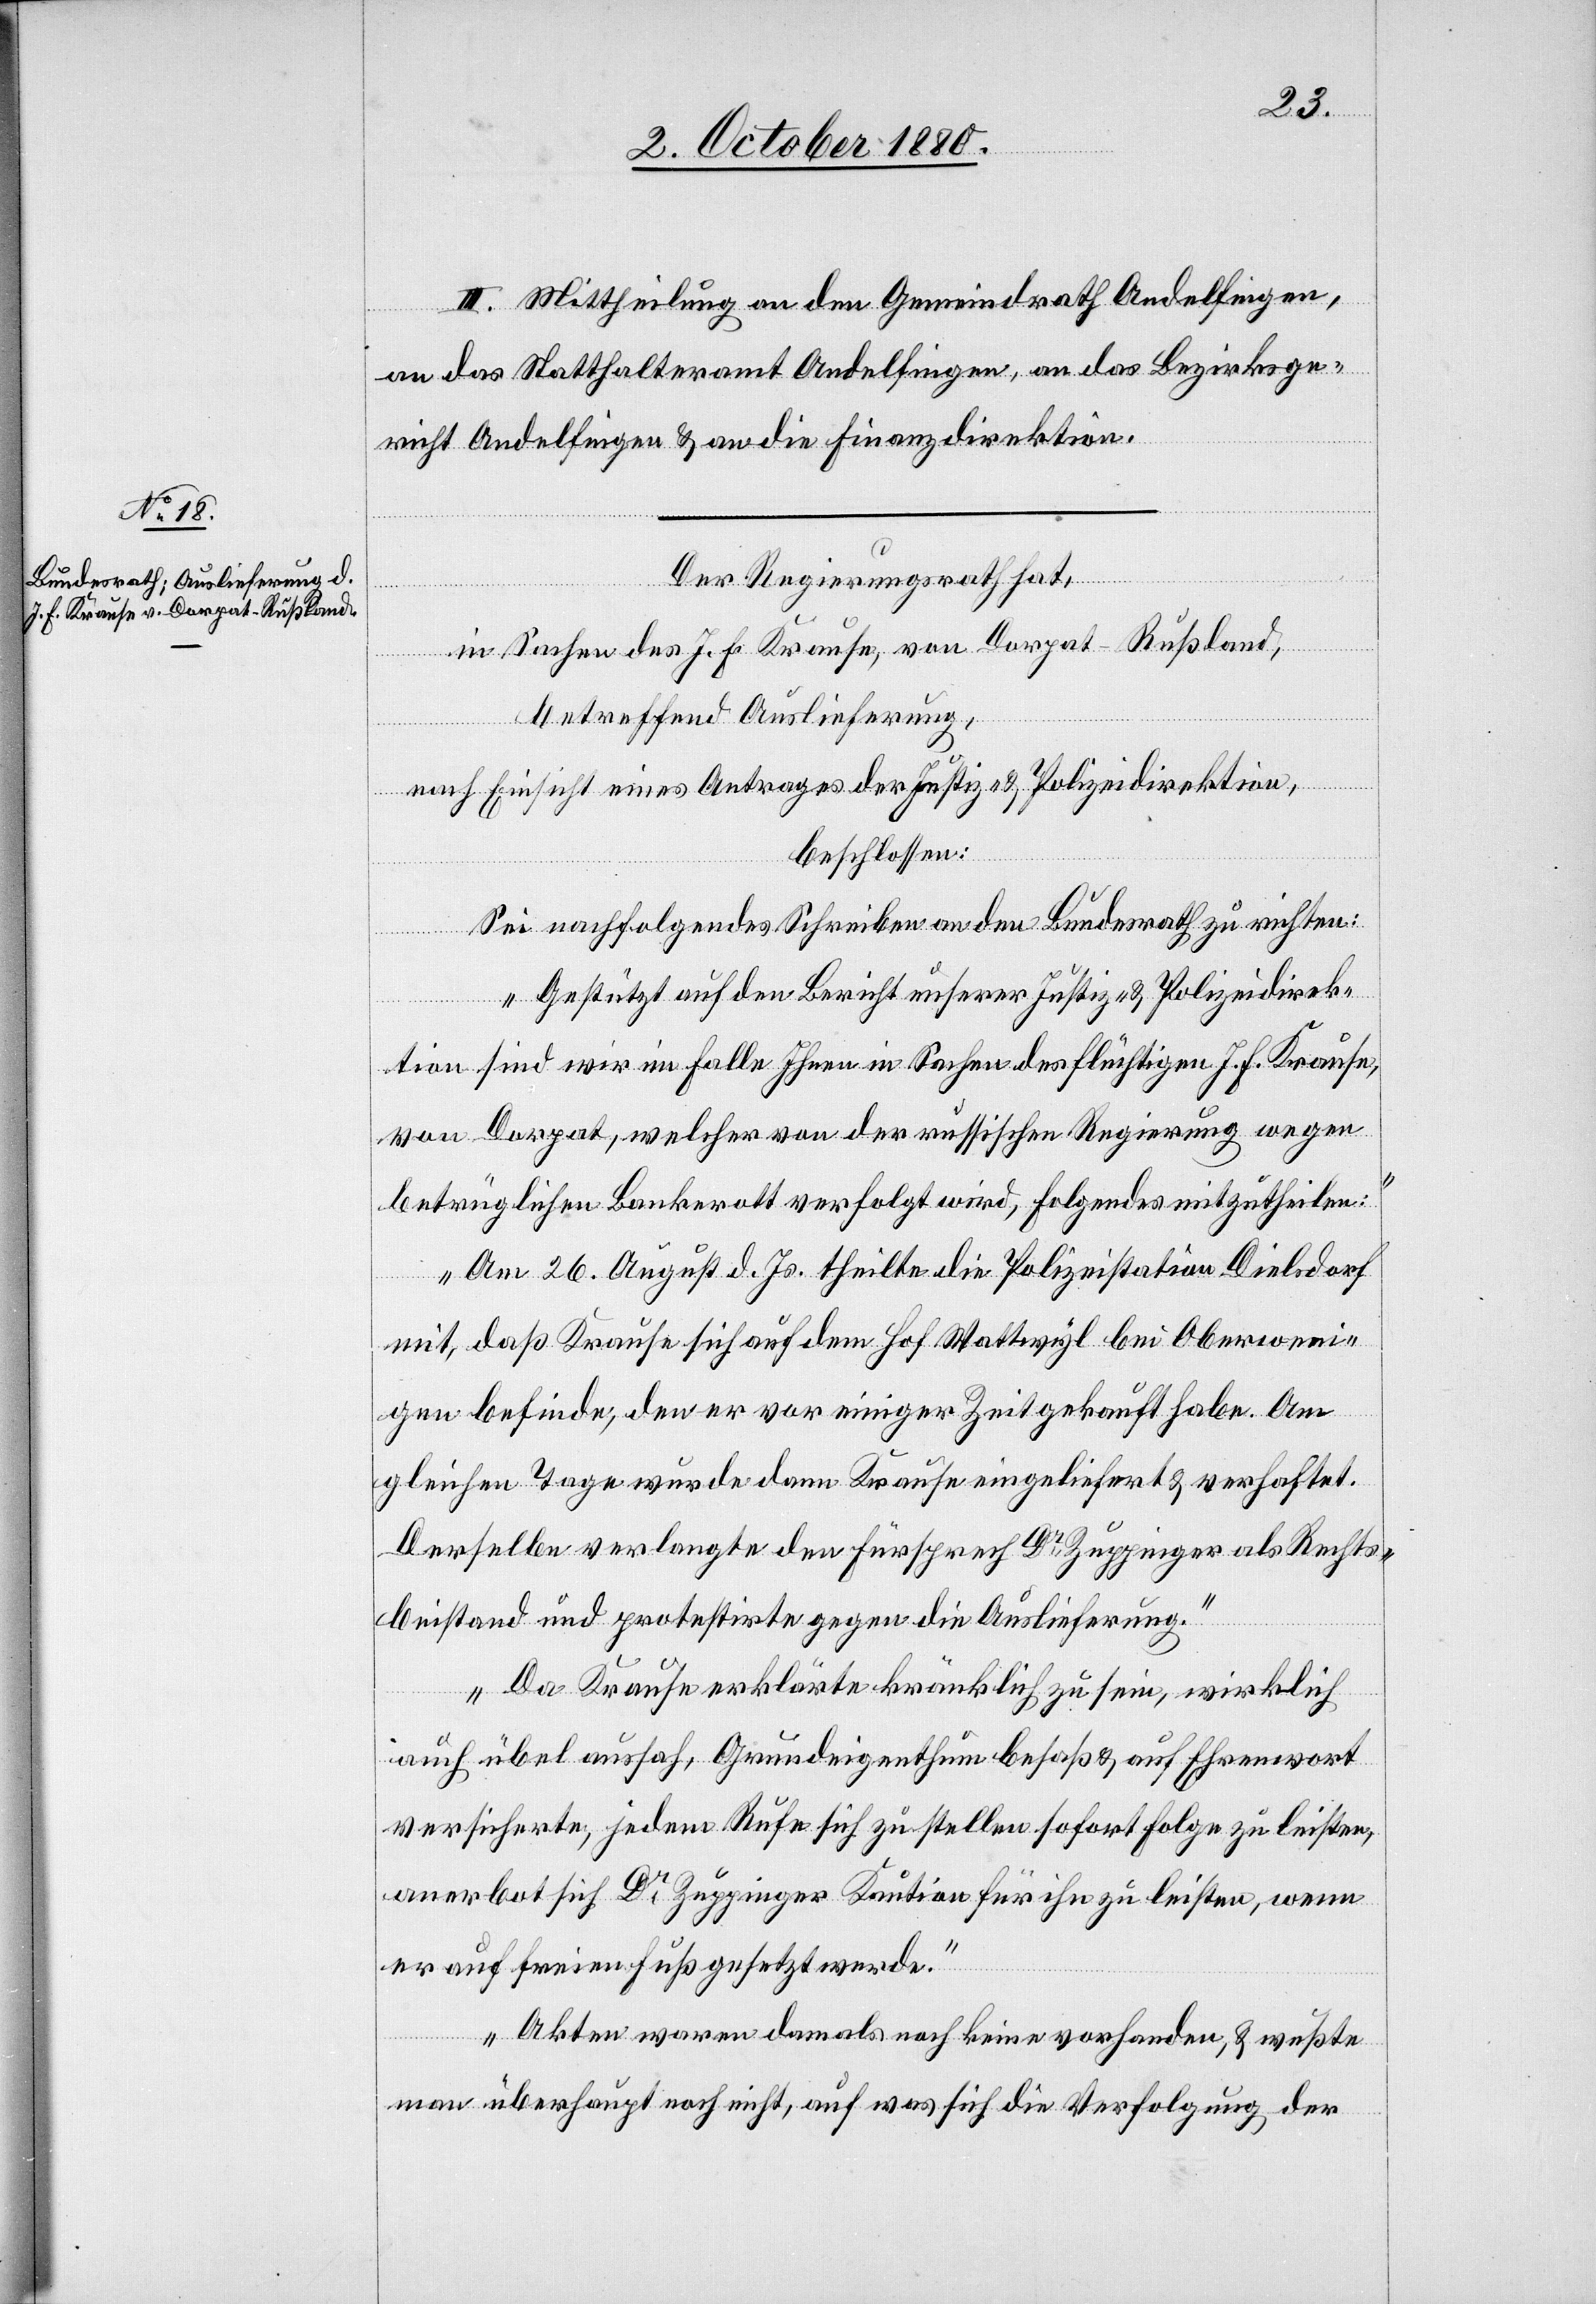
III. Mittheilung an den Gemeindrath Andelfingen,
an das Statthalteramt Andelfingen, an das Bezirksge¬
richt Andelfingen & an die Finanzdirektion.
Der Regierungsrath hat,
in Sachen des J. F. Krause, von Dorpat - Rußland,
betreffend Auslieferung,
nach Einsicht eines Antrages der Justiz- & Polizeidirektion,
beschlossen:
Sei nachfolgendes Schreiben an den Bundesrath zu richten:
„Gestützt auf den Bericht unserer Justiz- & Polizeidirek¬
tion sind wir im Falle Ihnen in Sachen des flüchtigen J. F. Krause,
von Dorpat, welcher von der russischen Regierung wegen
betrüglichen [sic!] Bankerott verfolgt wird, Folgendes mitzutheilen:
Am 26. August d. Js. theilte die Polizeistation Dielsdorf
mit, daß Krause sich auf dem Hof Wattwyl bei Oberwenin¬
gen befinde, den er vor einiger Zeit gekauft habe. Am
gleichen Tage wurde dann Krause eingeliefert & verhaftet.
Derselbe verlangte den Fürsprech Dr Zuppinger als Rechts¬
beistand und protestirte gegen die Auslieferung.
Da Krause erklärte kränklich zu sein, wirklich
auch übel aussah, Grundeigenthum besaß & auf Ehrenwort
versicherte, jedem Rufe sich zu stellen sofort Folge zu leisten,
anerbot sich Dr Zuppinger Kaution für ihn zu leisten, wenn
er auf freien Fuß gesetzt werde.
Akten waren damals noch keine vorhanden, & wußte
man überhaupt noch nicht, auf was sich die Verfolgung der